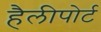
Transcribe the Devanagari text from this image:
हैलीपोर्ट